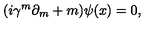
( i \gamma ^ { m } \partial _ { m } + m ) \psi ( x ) = 0 ,